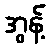
အွန့်